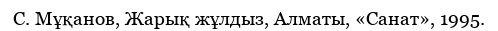
С. Мұқанов, Жарық жұлдыз, Алматы, «Санат», 1995.